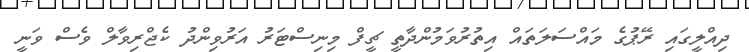
ދިއްލީގައި ރޭޕުގެ މައްސަލަތައް އިތުރުވަމުންދާތީ ޗީފް މިނިސްޓަރު އަރުވިންދު ކެޖްރިވާލް ވެސް ވަނީ